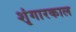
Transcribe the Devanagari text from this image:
शृंगारकाल